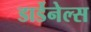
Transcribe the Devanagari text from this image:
डार्डेनेल्स